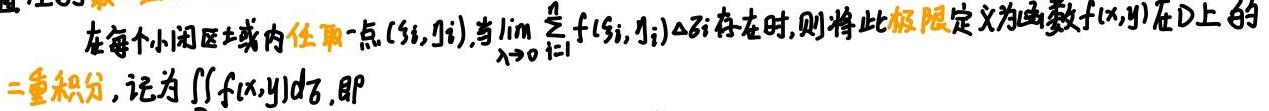
在每个小闭区域内任取一点$(\xi_i,\eta_i)$,当$\lim\limits_{\lambda \to 0}\sum_{i = 1}^{n}f(\xi_i,\eta_i)\Delta\sigma_i$存在时,则将此极限定义为函数$f(x,y)$在$D$上的二重积分, 记为$\iint_{D}f(x,y)d\sigma$,即